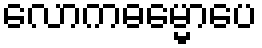
လောကဓမ္မောပေ